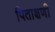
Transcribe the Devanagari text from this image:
पिताक्षणी